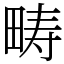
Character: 畴